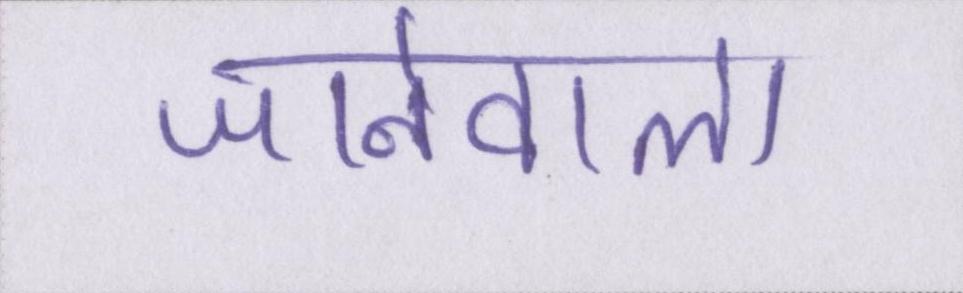
जानेवाला